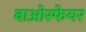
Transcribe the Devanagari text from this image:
बाओस्फेयर